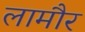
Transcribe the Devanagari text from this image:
लामौर